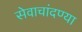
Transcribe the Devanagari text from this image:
सेवाचांदण्या